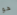
هو